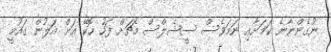
ނުގެންނާނެ ކަމަށާއި ނަމަވެސް ސީޝެލްސް މެޗަށް ފަހު ހޮކޭ އަށް އަލުން ގައުމީ